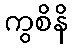
ကွစိနိ